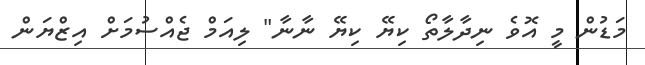
މަޑުން މީ އޮވެ ނިދާލާތޯ ކިޔޭ ކިޔޭ ނާނާ" ލިއަމް ޖެއްސުމަށް އިޒްޔަން